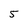
Character: 5